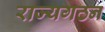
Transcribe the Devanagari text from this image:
राज्यगठन